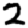
Digit: 2